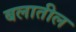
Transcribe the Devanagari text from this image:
बलातील